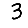
Digit: 3